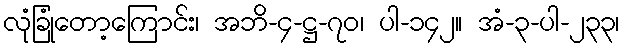
လုံခြုံတော့ကြောင်း၊ အဘိ-၄-ဋ္ဌ-၇၀၊ ပါ-၁၄၂။ အံ-၃-ပါ-၂၃၃၊